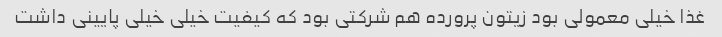
غذا خیلی معمولی بود زیتون پرورده هم شرکتی بود که کیفیت خیلی خیلی پایینی داشت